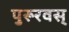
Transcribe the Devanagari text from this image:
पुरूरवस्